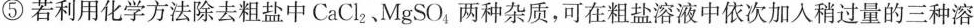
⑤若利用化学方法除去粗盐中CaCl_{2}、MgSO_{4}两种杂质，可在粗盐溶液中依次加入稍过量的三种溶